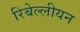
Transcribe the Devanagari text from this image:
रिबेल्लीयन